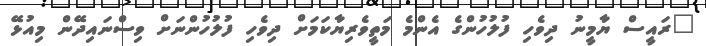
"ރައީސް ޔާމީނު ދިވެހި ފުލުހުންގެ އެންމެ މަތީވެރިޔާކަމަށް ދިވެހި ފުލުހުންނަށް ވިސްނައިދޭން މިއުޅޭ